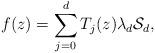
LaTeX: \begin{align*}f(z)=\sum_{j=0}^d T_j(z) \lambda_d\mathcal{S}_d,\end{align*}